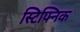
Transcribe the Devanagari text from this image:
स्टिफ्निक